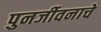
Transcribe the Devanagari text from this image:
पुनर्जीवनाचे